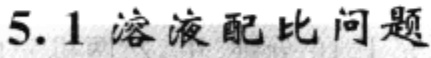
5.1 溶液配比问题